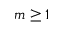
m \ge 1